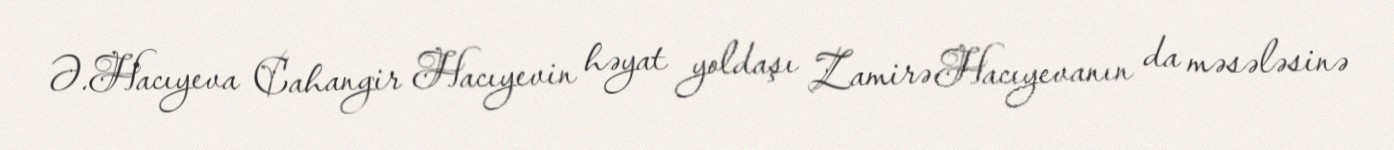
Ə.Hacıyeva Cahangir Hacıyevin həyat yoldaşı Zamirə Hacıyevanın da məsələsinə